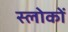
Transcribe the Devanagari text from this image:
स्लोकों